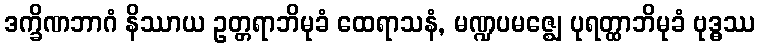
ဒက္ခိဏဘာဂံ နိဿာယ ဥတ္တရာဘိမုခံ ထေရာသနံ, မဏ္ဍပမဇ္ဈေ ပုရတ္ထာဘိမုခံ ဗုဒ္ဓဿ